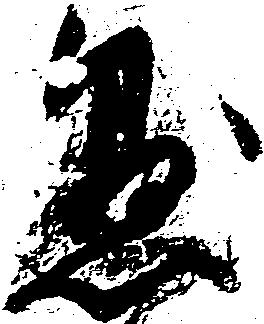
懸